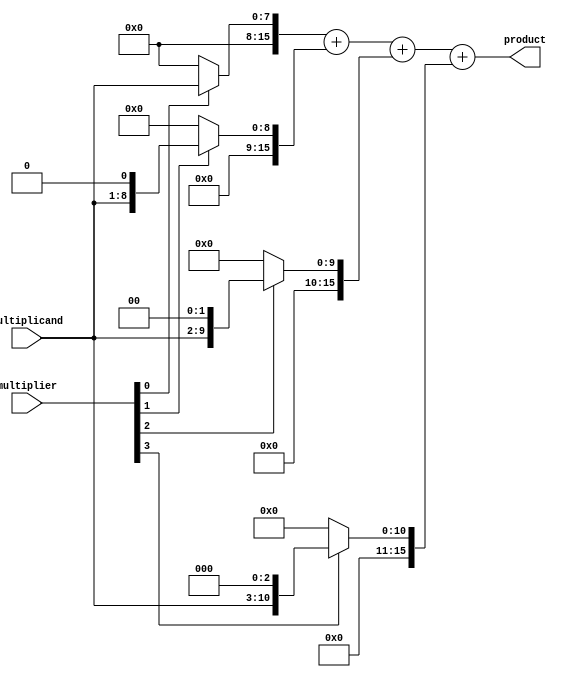
module ParallelBoothMultiplier (
    input wire [7:0] multiplicand,
    input wire [7:0] multiplier,
    output reg [15:0] product
);

reg [15:0] partial_products [3:0]; // 4 arithmetic blocks in parallel

// Generate partial products using Booth encoding
assign partial_products[0] = (multiplier[0] == 1) ? (multiplicand << 0) : 0;
assign partial_products[1] = (multiplier[1] == 1) ? (multiplicand << 1) : 0;
assign partial_products[2] = (multiplier[2] == 1) ? (multiplicand << 2) : 0;
assign partial_products[3] = (multiplier[3] == 1) ? (multiplicand << 3) : 0;

// Add all partial products to obtain final product
always @* begin
    product = partial_products[0] + partial_products[1] + partial_products[2] + partial_products[3];
end

endmodule